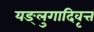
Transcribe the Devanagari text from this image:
यङ्लुगादिवृत्त